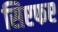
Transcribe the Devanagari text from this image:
सिएफए